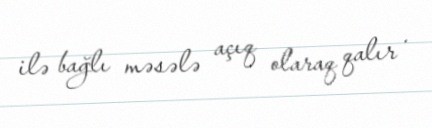
ilə bağlı məsələ açıq olaraq qalır .